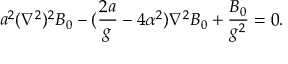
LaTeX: a ^ { 2 } ( \nabla ^ { 2 } ) ^ { 2 } B _ { 0 } - ( { \frac { 2 a } { g } } - 4 \alpha ^ { 2 } ) \nabla ^ { 2 } B _ { 0 } + { \frac { B _ { 0 } } { g ^ { 2 } } } = 0 .